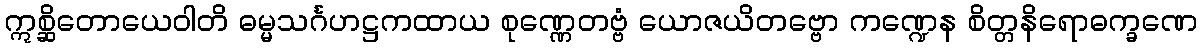
ဣစ္ဆိတောယေဝါတိ ဓမ္မသင်္ဂဟဋ္ဌကထာယ စုဏ္ဏေတဗ္ဗံ ယောဇယိတဗ္ဗော ကဏ္ဍေန စိတ္တနိရောဓက္ခဏေ